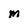
Character: M